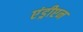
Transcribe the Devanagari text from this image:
एंड्रीएन